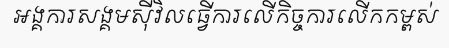
អង្គការសង្គមស៊ីវិលធ្វើការលើកិច្ចការលើកកម្ពស់